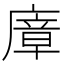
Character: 㢓